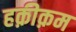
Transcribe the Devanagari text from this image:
हक़ीक़म